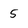
Character: 5